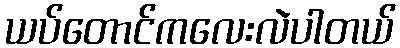
ယပ်တောင်ကလေးလဲပါတယ်